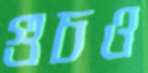
গুচও